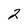
Character: 2